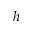
h